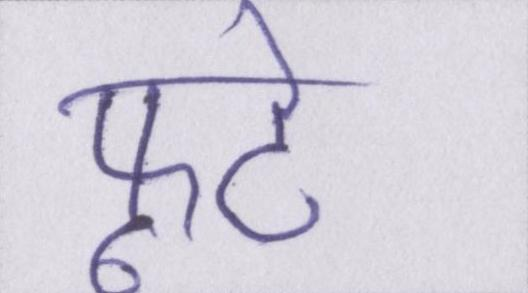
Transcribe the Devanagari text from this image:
फूटे